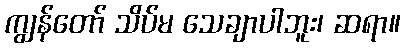
ကျွန်တော် သိပ်မ သေချာပါဘူး၊ ဆရာ။